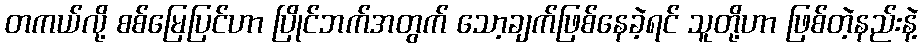
တကယ်လို့ စစ်မြေပြင်ဟာ ပြိုင်ဘက်အတွက် သော့ချက်ဖြစ်နေခဲ့ရင် သူတို့ဟာ ဖြစ်တဲ့နည်းနဲ့